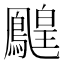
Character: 𪅔